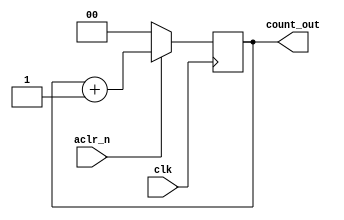
module counter(input clk, aclr_n,output reg[1:0] count_out );



always@(posedge clk) 

begin 


    if(!aclr_n)
	     
		  count_out=0;
		  
	 else 
	 
		  count_out = count_out+1;
	 
	    

   

end



endmodule 


/*module TB();


reg clk,reset;


wire[1:0] count_out;



initial begin 

clk=0;

reset=0;

#10

clk=1;

#5

reset=1;

#10

clk=0;

#10

clk=1;

#10

clk=0;

#10

clk=1;

#10

clk=0;

#10

clk=1;


#10

clk=0;

#10

clk=1;





end


counter counter_test(.clk(clk),.aclr_n(reset),.count_out(count_out));


endmodule */